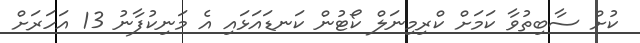
ކުށް ސާބިތުވާ ކަމަށް ކްރިމިނަލް ކޯޓުން ކަނޑައަޅައި އެ މަނިކުފާނު 13 އަހަރަށް